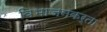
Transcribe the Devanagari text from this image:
विभाजनकर्ता